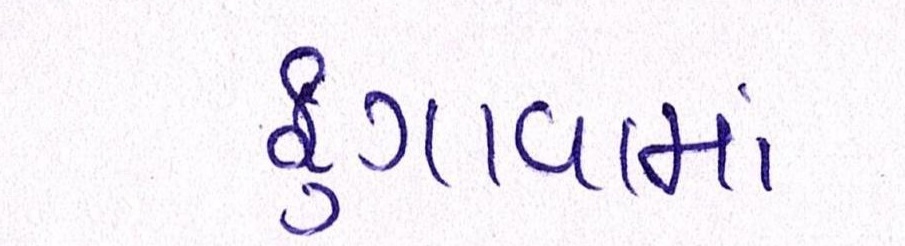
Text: ફુગાવામાં